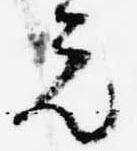
元